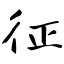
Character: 征